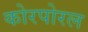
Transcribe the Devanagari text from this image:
कोरपोरल